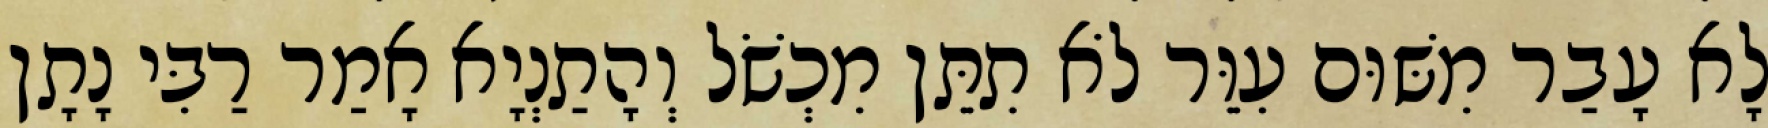
לָא עָבַר מִשּׁוּם עִוֵּר לֹא תִתֵּן מִכְשֹׁל וְהָתַנְיָא אָמַר רַבִּי נָתָן